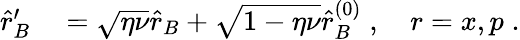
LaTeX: \begin{array}{rl}{\hat{r}_{B}^{\prime}}&{{}=\sqrt{\eta\nu}\hat{r}_{B}+\sqrt{1-\eta\nu}\hat{r}_{B}^{(0)}\; ,\quad r=x,p\; .}\end{array}